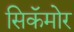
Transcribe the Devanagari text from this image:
सिकॅमोर